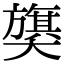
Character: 𫰁